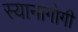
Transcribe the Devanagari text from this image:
स्यानागोगी